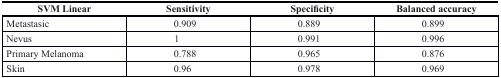
<table><thead><tr><td><b>SVM Linear</b></td><td><b>Sensitivity</b></td><td><b>Specificity</b></td><td><b>Balanced accuracy</b></td></tr></thead><tbody><tr><td>Metastasic</td><td>0.909</td><td>0.889</td><td>0.899</td></tr><tr><td>Nevus</td><td>1</td><td>0.991</td><td>0.996</td></tr><tr><td>Primary Melanoma</td><td>0.788</td><td>0.965</td><td>0.876</td></tr><tr><td>Skin</td><td>0.96</td><td>0.978</td><td>0.969</td></tr></tbody></table>